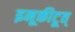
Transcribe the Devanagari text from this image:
इनूकीटूत्